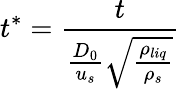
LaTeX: t^{*}=\frac{t}{\frac{D_{0}}{u_{s}}\sqrt{\frac{\rho_{liq}}{\rho_{s}}}}